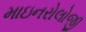
માઇનરોલોજી